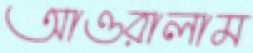
আওরালাম